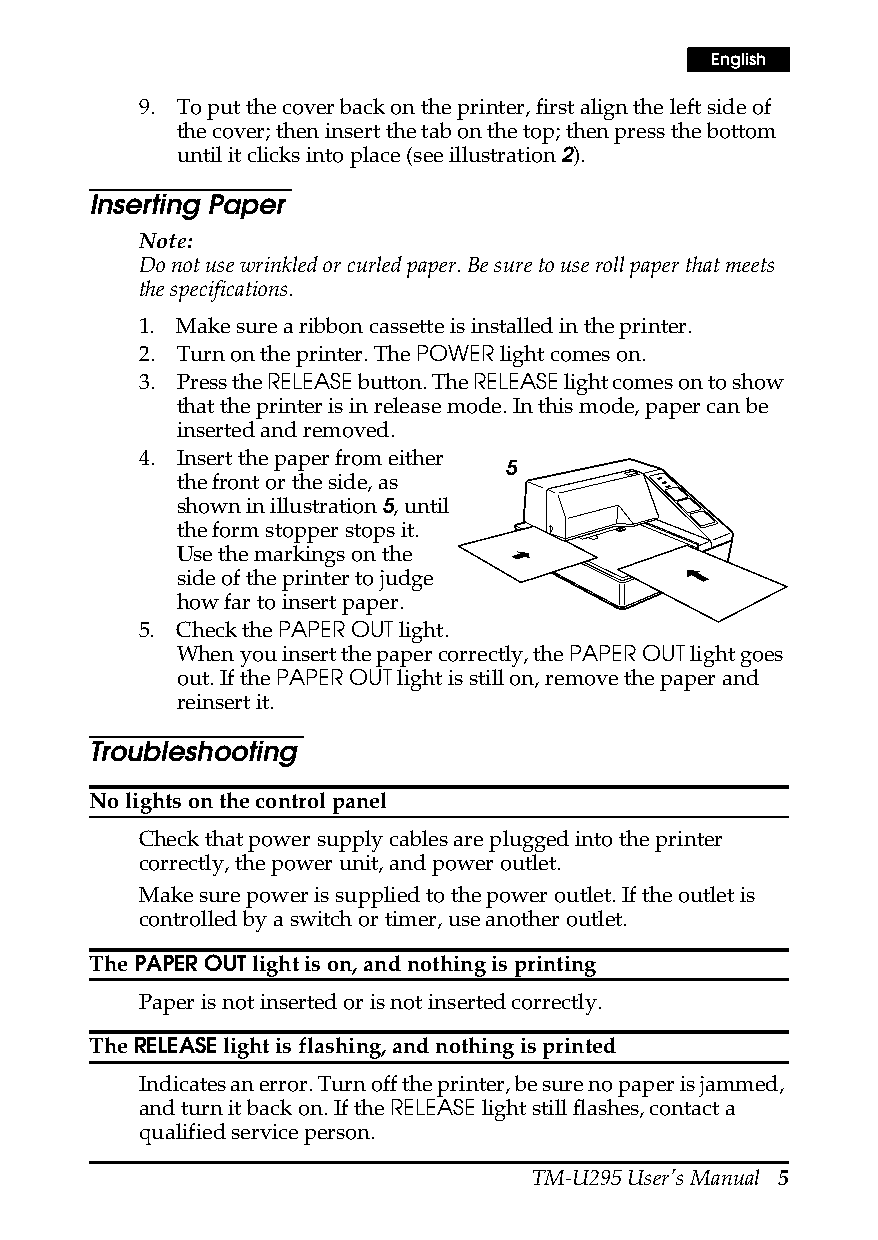
English
 9. To put the cover back on the printer, first align the left side of
 the cover; then insert the tab on the top; then press the bottom
 until it clicks into place (see illustration 2).
 Inserting Paper
 Note:
 Do not use wrinkled or curled paper. Be sure to use roll paper that meets
 the specifications.
 1. Make sure a ribbon cassette is installed in the printer.
 2. Turn on the printer. The POWER light comes on.
 3. Press the RELEASE button. The RELEASE light comes on to show
 that the printer is in release mode. In this mode, paper can be
 inserted and removed.
 4. Insert the paper from either
 5
 the front or the side, as
 shown in illustration 5, until
 the form stopper stops it.
 Use the markings on the
 side of the printer to judge
 how far to insert paper.
 5. Check the PAPER OUT light.
 When you insert the paper correctly, the PAPER OUT light goes
 out. If the PAPER OUT light is still on, remove the paper and
 reinsert it.
 Troubleshooting
 No lights on the control panel
 Check that power supply cables are plugged into the printer
 correctly, the power unit, and power outlet.
 Make sure power is supplied to the power outlet. If the outlet is
 controlled by a switch or timer, use another outlet.
 The PAPER OUT light is on, and nothing is printing
 Paper is not inserted or is not inserted correctly.
 The RELEASE light is flashing, and nothing is printed
 Indicates an error. Turn off the printer, be sure no paper is jammed,
 and turn it back on. If the RELEASE light still flashes, contact a
 qualified service person.
 TM-U295 User’s Manual 5